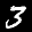
Label: 3